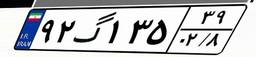
۹۲گ۱۳۵۳۹